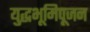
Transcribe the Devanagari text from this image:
युद्धभूमिपूजन